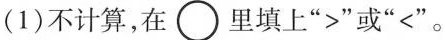
(1)不计算，在\bigcirc里填上”>”或”<”。